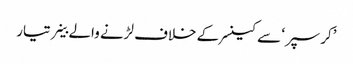
’کرسپر‘ سے کینسر کے خلاف لڑنے والے خلیے تیار